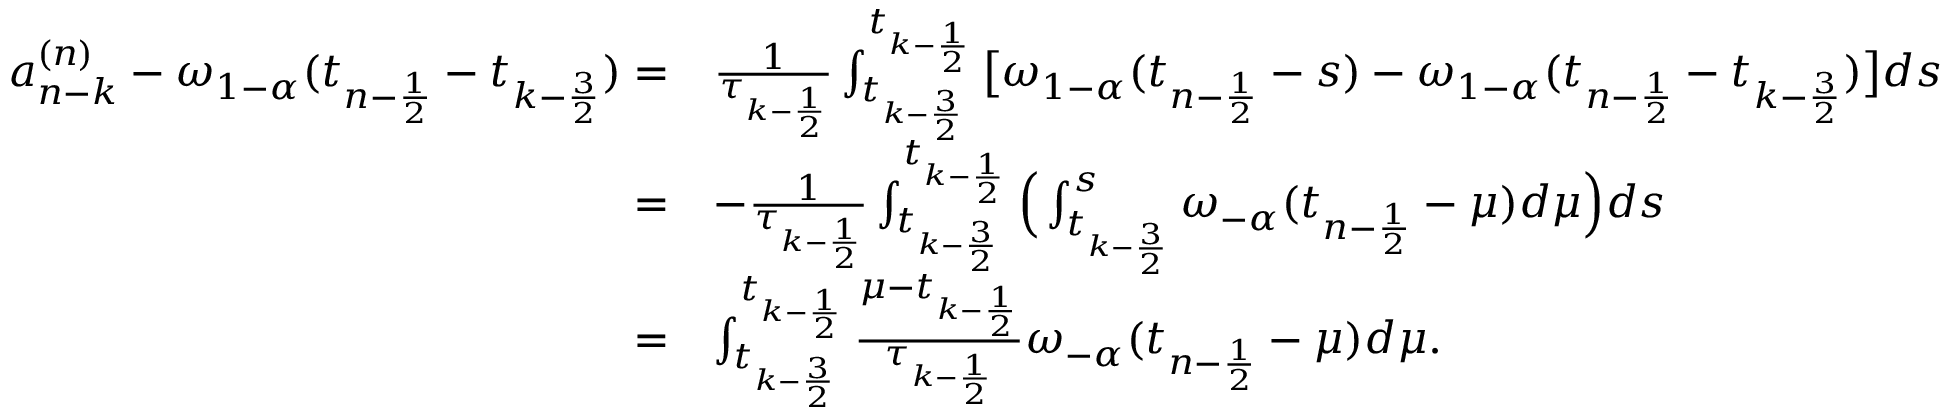
\begin{array} { r l } { a _ { n - k } ^ { ( n ) } - \omega _ { 1 - \alpha } ( t _ { n - \frac { 1 } { 2 } } - t _ { k - \frac { 3 } { 2 } } ) = } & { \frac { 1 } { \tau _ { k - \frac { 1 } { 2 } } } \int _ { t _ { k - \frac { 3 } { 2 } } } ^ { t _ { k - \frac { 1 } { 2 } } } \big [ \omega _ { 1 - \alpha } ( t _ { n - \frac { 1 } { 2 } } - s ) - \omega _ { 1 - \alpha } ( t _ { n - \frac { 1 } { 2 } } - t _ { k - \frac { 3 } { 2 } } ) \big ] d s } \\ { = } & { - \frac { 1 } { \tau _ { k - \frac { 1 } { 2 } } } \int _ { t _ { k - \frac { 3 } { 2 } } } ^ { t _ { k - \frac { 1 } { 2 } } } \Big ( \int _ { t _ { k - \frac { 3 } { 2 } } } ^ { s } \omega _ { - \alpha } ( t _ { n - \frac { 1 } { 2 } } - \mu ) d \mu \Big ) d s } \\ { = } & { \int _ { t _ { k - \frac { 3 } { 2 } } } ^ { t _ { k - \frac { 1 } { 2 } } } \frac { \mu - t _ { k - \frac { 1 } { 2 } } } { \tau _ { k - \frac { 1 } { 2 } } } \omega _ { - \alpha } ( t _ { n - \frac { 1 } { 2 } } - \mu ) d \mu . } \end{array}